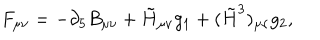
LaTeX: F _ { \mu \nu } = - \partial _ { 5 } B _ { \mu \nu } + \tilde { H } _ { \mu \nu } g _ { 1 } + ( \tilde { H } ^ { 3 } ) _ { \mu \nu } g _ { 2 } ,